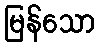
မြန်သော